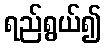
ရည်ရွယ်၍